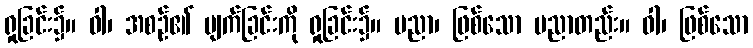
ရှုခြင်း၌။ ဝါ၊ အစဉ်၏ ပျက်ခြင်းကို ရှုခြင်း၌။ ပညာ၊ ဖြစ်သော ပညာတည်း။ ဝါ၊ ဖြစ်သော